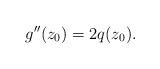
LaTeX: \begin{align*} g''(z_0)=2q(z_0).\end{align*}